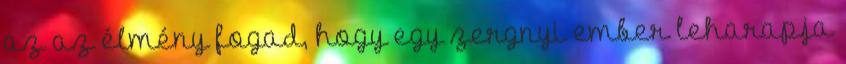
az az élmény fogad, hogy egy zergnyi ember leharapja